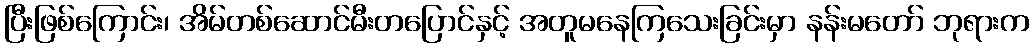
ပြီးဖြစ်ကြောင်း၊ အိမ်တစ်ဆောင်မီးတပြောင်နှင့် အတူမနေကြသေးခြင်းမှာ နန်းမတော် ဘုရားက